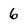
Character: 6